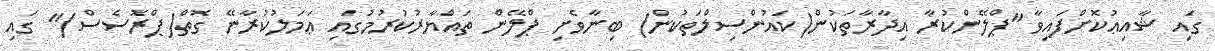
ގައި ޝާއިޢުކޮށްފައިވާ "ޕްލޭންކުރާ އިދާރާތަކުން(ކައުންސިލްތަކުން) ބިނާވެށި ޕްލޭން ތައްޔާރުކުރުމުގައި ޢަމަލުކުރާނޭ ގޮތް(ޕްރޮސެސް)" ގައި